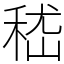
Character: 嵇